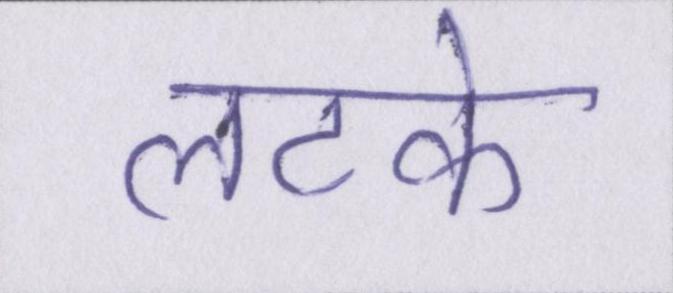
लटके